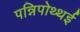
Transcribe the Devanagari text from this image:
पन्निपोथ्थई